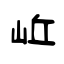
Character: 岴